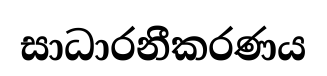
සාධාරනීකරණය